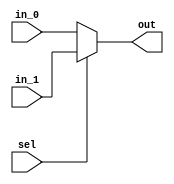
module mux 
#(parameter width =32)
(input [width-1:0] in_0,
input [width-1:0] in_1,
input sel,
output [width-1:0] out 

);
assign out = (sel==1'b1) ? in_1 : in_0 ;
endmodule